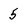
Character: 5